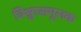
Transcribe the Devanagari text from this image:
विश्वासमूलक